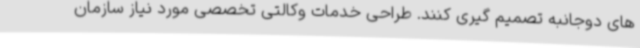
های دوجانبه تصمیم گیری کنند. طراحی خدمات وکالتی تخصصی مورد نیاز سازمان